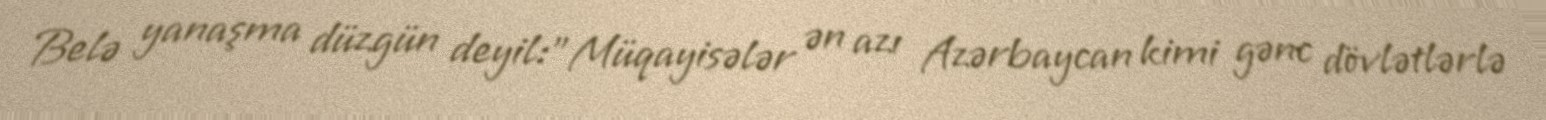
Belə yanaşma düzgün deyil:"Müqayisələr ən azı Azərbaycan kimi gənc dövlətlərlə